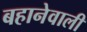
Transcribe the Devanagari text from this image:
बहानेवाली